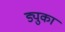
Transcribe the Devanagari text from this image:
ड्युका